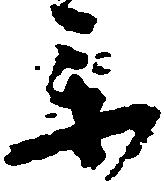
参